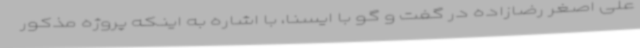
علی اصغر رضازاده در گفت و گو با ایسنا، با اشاره به اینکه پروژه مذکور